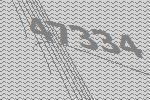
47334